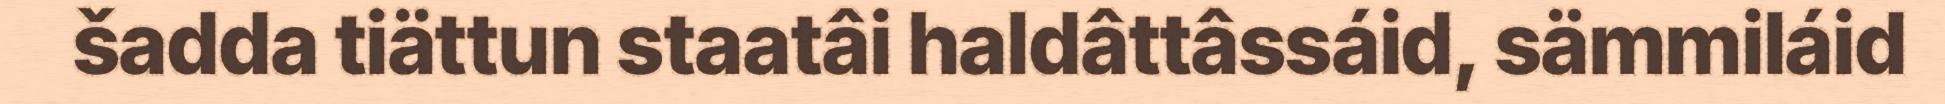
šadda tiättun staatâi haldâttâssáid, sämmiláid